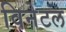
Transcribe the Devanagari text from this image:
विनेटल